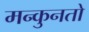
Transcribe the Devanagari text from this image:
मन्कुनतो